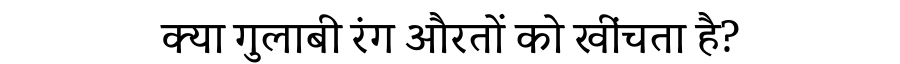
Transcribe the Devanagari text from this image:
क्या गुलाबी रंग औरतों को खींचता है?